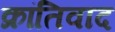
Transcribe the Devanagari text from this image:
क्रांतिवाद